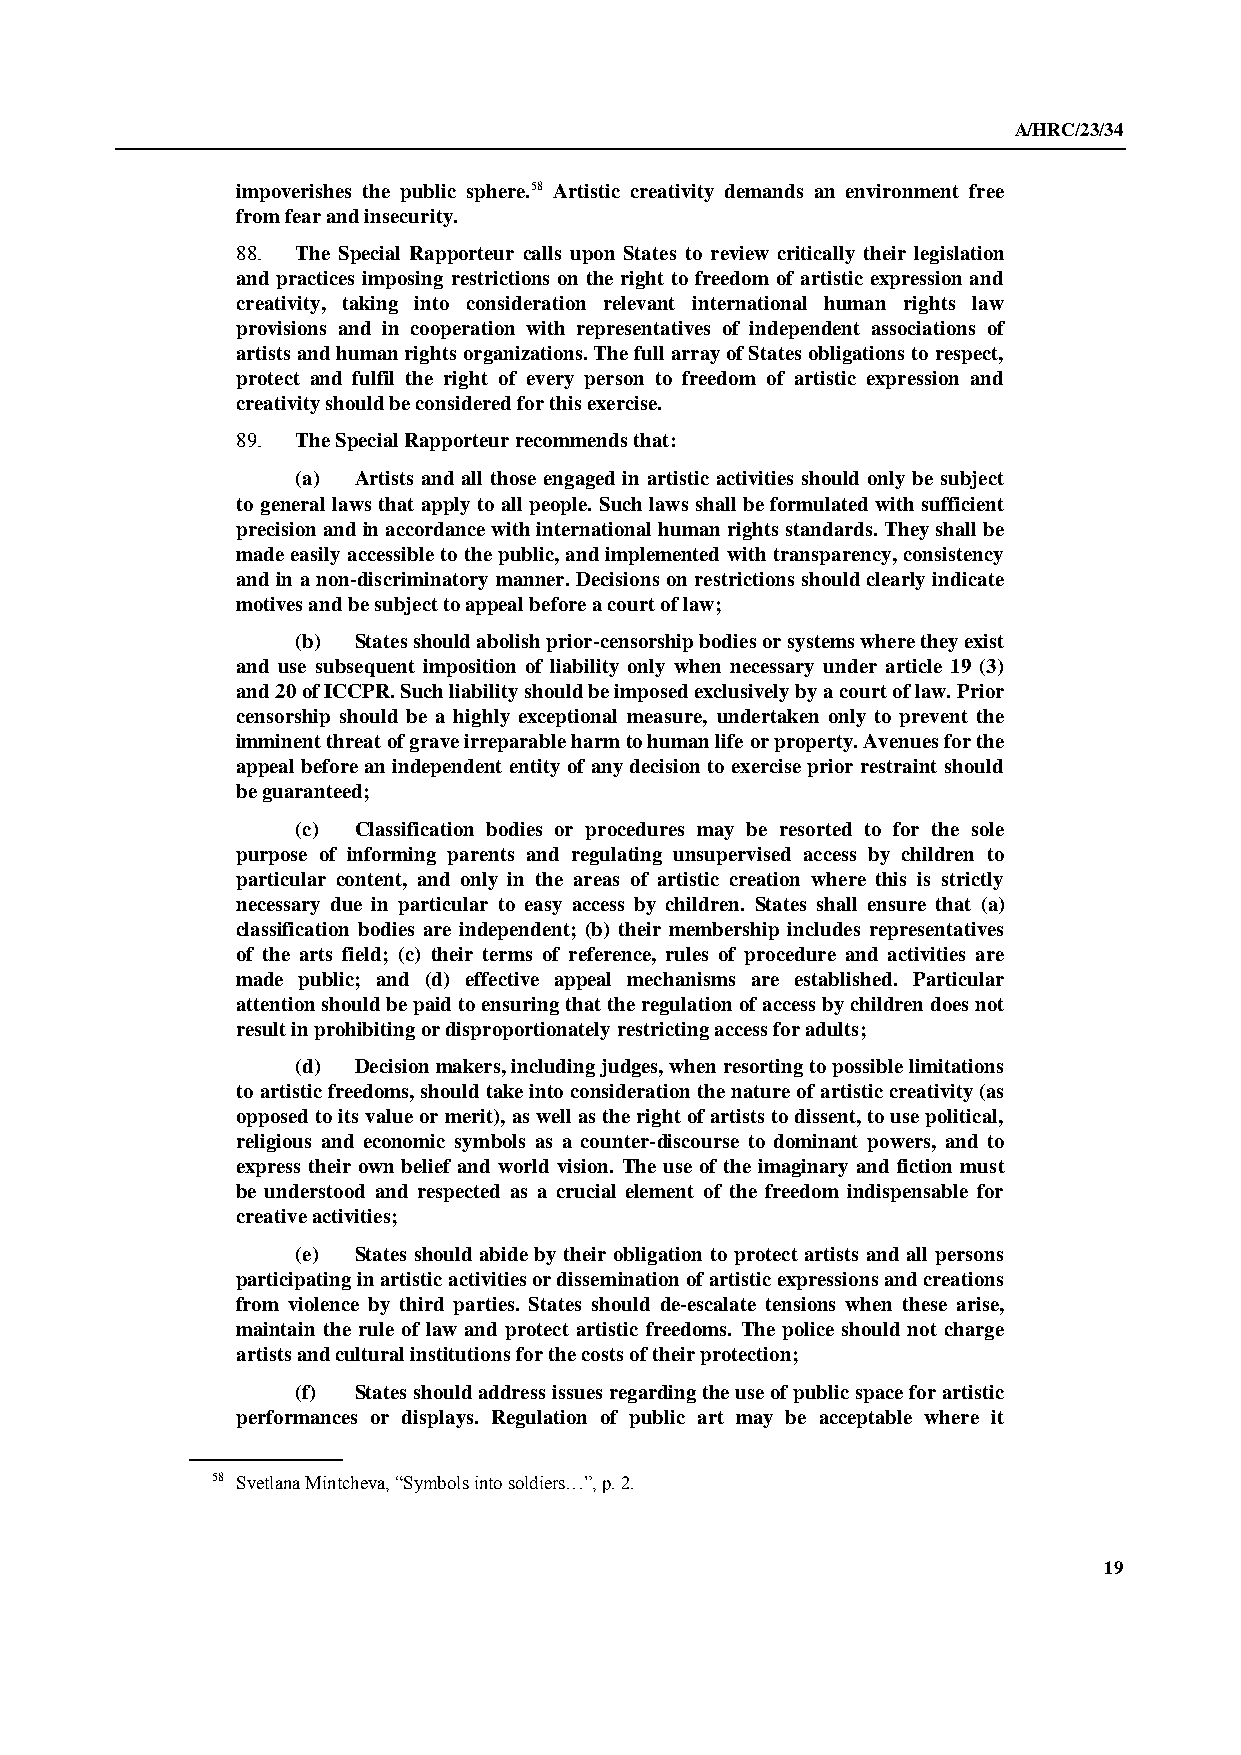
A/HRC/23/34
 impoverishes the public sphere.58 Artistic creativity demands an environment free
 from fear and insecurity.
 88. The Special Rapporteur calls upon States to review critically their legislation
 and practices imposing restrictions on the right to freedom of artistic expression and
 creativity, taking into consideration relevant international human rights law
 provisions and in cooperation with representatives of independent associations of
 artists and human rights organizations. The full array of States obligations to respect,
 protect and fulfil the right of every person to freedom of artistic expression and
 creativity should be considered for this exercise.
 89. The Special Rapporteur recommends that:
 (a) Artists and all those engaged in artistic activities should only be subject
 to general laws that apply to all people. Such laws shall be formulated with sufficient
 precision and in accordance with international human rights standards. They shall be
 made easily accessible to the public, and implemented with transparency, consistency
 and in a non-discriminatory manner. Decisions on restrictions should clearly indicate
 motives and be subject to appeal before a court of law;
 (b) States should abolish prior-censorship bodies or systems where they exist
 and use subsequent imposition of liability only when necessary under article 19 (3)
 and 20 of ICCPR. Such liability should be imposed exclusively by a court of law. Prior
 censorship should be a highly exceptional measure, undertaken only to prevent the
 imminent threat of grave irreparable harm to human life or property. Avenues for the
 appeal before an independent entity of any decision to exercise prior restraint should
 be guaranteed;
 (c) Classification bodies or procedures may be resorted to for the sole
 purpose of informing parents and regulating unsupervised access by children to
 particular content, and only in the areas of artistic creation where this is strictly
 necessary due in particular to easy access by children. States shall ensure that (a)
 classification bodies are independent; (b) their membership includes representatives
 of the arts field; (c) their terms of reference, rules of procedure and activities are
 made public; and (d) effective appeal mechanisms are established. Particular
 attention should be paid to ensuring that the regulation of access by children does not
 result in prohibiting or disproportionately restricting access for adults;
 (d) Decision makers, including judges, when resorting to possible limitations
 to artistic freedoms, should take into consideration the nature of artistic creativity (as
 opposed to its value or merit), as well as the right of artists to dissent, to use political,
 religious and economic symbols as a counter-discourse to dominant powers, and to
 express their own belief and world vision. The use of the imaginary and fiction must
 be understood and respected as a crucial element of the freedom indispensable for
 creative activities;
 (e) States should abide by their obligation to protect artists and all persons
 participating in artistic activities or dissemination of artistic expressions and creations
 from violence by third parties. States should de-escalate tensions when these arise,
 maintain the rule of law and protect artistic freedoms. The police should not charge
 artists and cultural institutions for the costs of their protection;
 (f) States should address issues regarding the use of public space for artistic
 performances or displays. Regulation of public art may be acceptable where it
 58 Svetlana Mintcheva, “Symbols into soldiers…”, p. 2.
 19